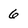
Character: 6